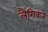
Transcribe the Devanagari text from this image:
लैंगिकते